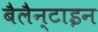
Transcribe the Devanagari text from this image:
बैलैन्टाइन